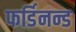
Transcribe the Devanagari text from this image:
फर्डिनन्ड